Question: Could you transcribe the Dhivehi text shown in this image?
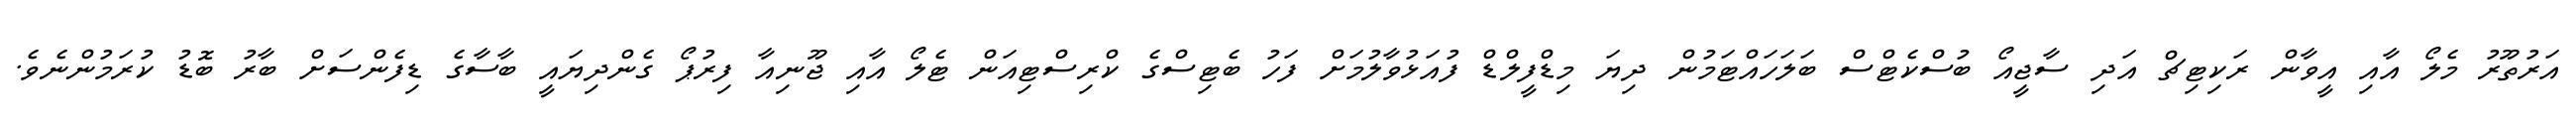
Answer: އަރުތޫރު މެލޯ އާއި އީވާން ރަކިޓިޗް އަދި ސާޖީއޯ ބުސްކެޓްސް ބަލަހައްޓަމުން ދިޔަ މިޑްފީލްޑް ފުއަޅުވާލުމަށް ފަހު ބެޓިސްގެ ކްރިސްޓިއަން ޓެލޯ އާއި ޖޫނިއާ ފިރުޕޯ ގެންދިޔައީ ބާސާގެ ޑިފެންސަށް ބާރު ބޮޑު ކުރަމުންނެވެ.